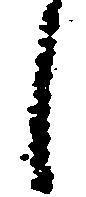
し